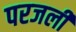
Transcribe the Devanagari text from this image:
परजली